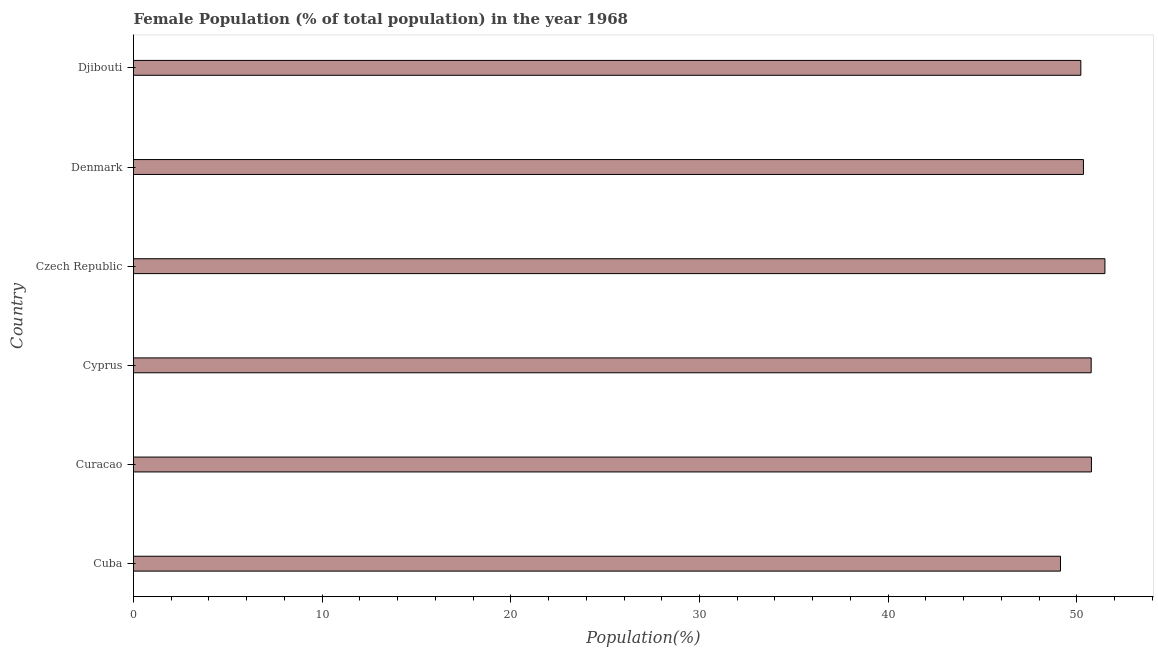
| Country | Female |
 | --- | --- |
 | Cuba | 49.1 |
 | Curacao | 50.8 |
 | Cyprus | 50.8 |
 | Czech Republic | 51.5 |
 | Denmark | 50.3 |
 | Djibouti | 50.2 |